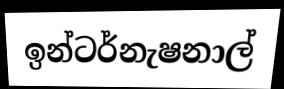
ඉන්ටර්නැෂනාල්